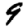
Digit: 9